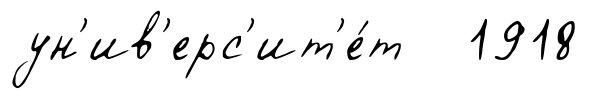
ун'ив'ерс'ит'е́т 1918